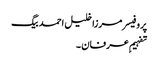
پروفیسر مرزا خلیل احمد بیگ
تفہیمِ عرفان ۔